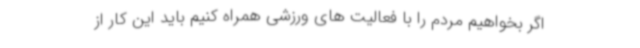
اگر بخواهیم مردم را با فعالیت های ورزشی همراه کنیم باید این کار از